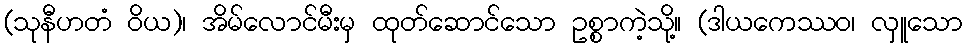
(သုနီဟတံ ဝိယ)၊ အိမ်လောင်မီးမှ ထုတ်ဆောင်သော ဥစ္စာကဲ့သို့။ (ဒါယကေဿဝ၊ လှူသော